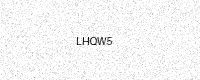
Text: LHQW5